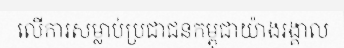
លើការសម្លាប់ប្រជាជនកម្ពុជាយ៉ាងរង្គាល